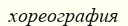
хореография